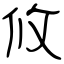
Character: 攸